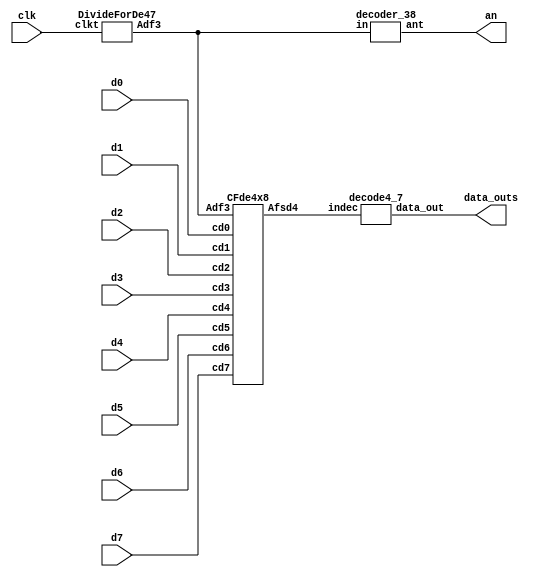
`timescale 1ns / 1ps
//////////////////////////////////////////////////////////////////////////////////
// Company: 
// Engineer: 
// 
// Design Name: 
// Module Name: 7_trans
// Project Name: 
// Target Devices: 
// Tool Versions: 
// Description: 
// 
// Dependencies: 
// 
// Revision:
// Revision 0.01 - File Created
// Additional Comments:
// 
//////////////////////////////////////////////////////////////////////////////////

module seg7x8D(d0,d1,d2,d3,d4,d5,d6,d7,clk,data_outs,an);
input [3:0] d0,d1,d2,d3,d4,d5,d6,d7;
input clk;
output [6:0] data_outs;
output [7:0] an;

wire [3:0] afts48;
wire [2:0] aftclk8;

DivideForDe47 df0(clk,aftclk8);
CFde4x8 cf0(aftclk8,d0,d1,d2,d3,d4,d5,d6,d7,afts48);
decoder_38 d380(an,aftclk8);
decode4_7 d470(data_outs,afts48);

endmodule


//////////////////////////////////////////////////////////////////////////////////

module decode4_7(data_out,indec);
output[6:0] data_out;
input[3:0] indec;
reg [6:0] data_out ;

always @(indec) begin
case(indec)
4'b0000: data_out = 7'b1000000; // 0
4'b0001: data_out = 7'b1111001; // 1
4'b0010: data_out = 7'b0100100; // 2
4'b0011: data_out = 7'b0110000; // 3
4'b0100: data_out = 7'b0011001; // 4
4'b0101: data_out = 7'b0010010; // 5
4'b0110: data_out = 7'b0000010; // 6
4'b0111: data_out = 7'b1111000; // 7
4'b1000: data_out = 7'b0000000; // 8
4'b1001: data_out = 7'b0010000; // 9
4'b1010: data_out = 7'b0001000; // A
4'b1011: data_out = 7'b0000011; // Buy
4'b1100: data_out = 7'b0100111; // C
4'b1101: data_out = 7'b0100001; // D
4'b1110: data_out = 7'b0000110; // E
4'b1111: data_out = 7'b0001110; // F
default: data_out = 7'bx;
endcase
end

endmodule


//////////////////////////////////////////////////////////////////////////////////


module DivideForDe47(clkt,Adf3); 
input clkt;
output reg [2:0]Adf3; 
reg [17:0]cnt; 
reg clk_divide;

initial begin
	cnt = 0;
    Adf3<=3'b000;
end

always@(posedge clkt)
begin 
    cnt<=cnt+1'b1;
    clk_divide<=cnt[14];
end

always@(posedge clk_divide)
    Adf3<=Adf3+1'b1;

endmodule

////////////////////////////////////////////////////////////////////////////////

module decoder_38(ant,in);
output[7:0] ant;
input[2:0] in;
reg[7:0] ant;

always @(in) begin
case(in)
3'd0: ant=8'b11111110;
3'd1: ant=8'b11111101;
3'd2: ant=8'b11111011;
3'd3: ant=8'b11110111;
3'd4: ant=8'b11101111;
3'd5: ant=8'b11011111;
3'd6: ant=8'b10111111;
3'd7: ant=8'b01111111;
endcase 
end

endmodule

///////////////////////////////////////////////////////////////////

module CFde4x8(Adf3,cd0,cd1,cd2,cd3,cd4,cd5,cd6,cd7,Afsd4);
input [3:0] cd0,cd1,cd2,cd3,cd4,cd5,cd6,cd7;
input [2:0]Adf3;
output reg [3:0]Afsd4;

always @(Adf3) begin
case(Adf3)
3'd0: Afsd4=cd0;
3'd1: Afsd4=cd1;
3'd2: Afsd4=cd2;
3'd3: Afsd4=cd3;
3'd4: Afsd4=cd4;
3'd5: Afsd4=cd5;
3'd6: Afsd4=cd6;
3'd7: Afsd4=cd7;
endcase 
end

endmodule